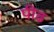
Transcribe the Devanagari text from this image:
पीढ